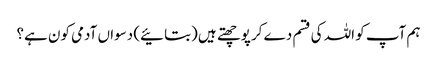
ہم آپ کو اللہ کی قسم دے کر پوچھتے ہیں (بتائیے) دسواں آدمی کون ہے؟